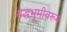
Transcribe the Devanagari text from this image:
यद्धभूमीवरून